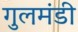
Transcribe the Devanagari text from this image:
गुलमंडी